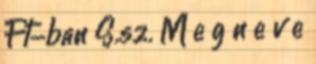
Ft-ban S.sz. M e g n e v e